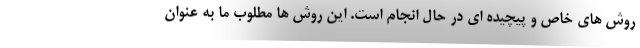
روش های خاص و پیچیده ای در حال انجام است. این روش ها مطلوب ما به عنوان